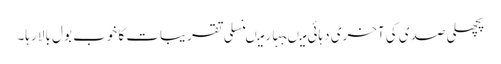
پچھلی صدی کی آخری دہائی میںبہار میںنسلی تقریبات کا خوب بول بالا رہا۔